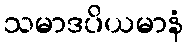
သမာဒပိယမာနံ